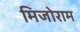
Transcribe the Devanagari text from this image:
मिजोराम